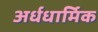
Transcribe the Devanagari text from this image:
अर्धधार्मिक